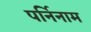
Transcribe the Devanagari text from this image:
पर्निनाम